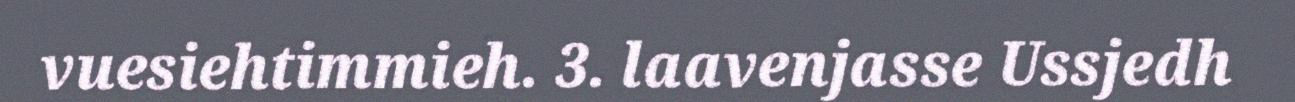
vuesiehtimmieh. 3. laavenjasse Ussjedh